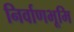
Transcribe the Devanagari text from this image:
निर्वाणभूमि